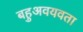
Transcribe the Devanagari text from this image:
बहुअवयवता